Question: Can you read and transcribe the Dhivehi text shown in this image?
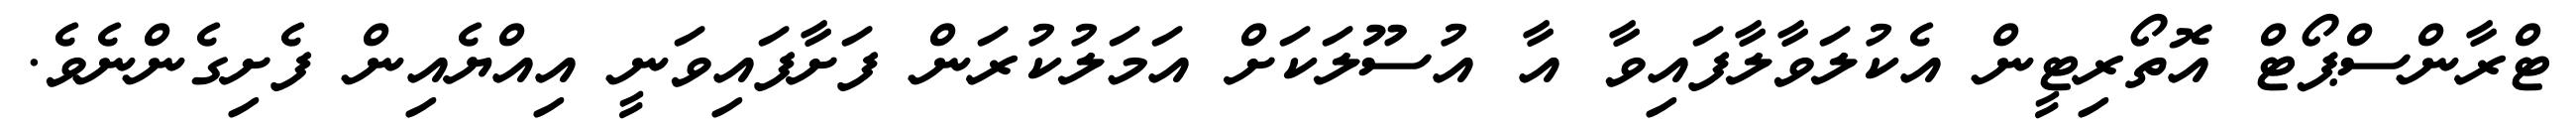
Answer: ޓްރާންސްޕޯޓް އޮތޯރިޓީން އެކުލަވާލާފައިވާ އާ އުސޫލަކަށް އަމަލުކުރަން ފަށާފައިވަނީ އިއްޔެއިން ފެށިގެންނެވެ.